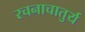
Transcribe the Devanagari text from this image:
रचनाचातुर्य